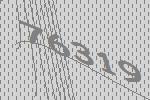
76319